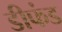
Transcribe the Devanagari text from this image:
डीफंड